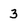
Character: 3